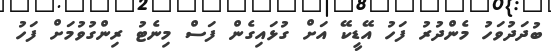
ބުދަދުވަހު މެންދުރު ފަހު އޭޑީކޭ އަށް ގުޅައިގެން ފަސް މިނެޓު ރިންގުވުމަށް ފަހު